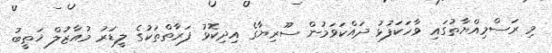
މި ރަސްމިއްޔާތުގައި ވާހަކަފުޅު ދައްކަވަމުން ސޫރިޔާގެ އިދިކޮޅު ފަރާތްތަކުގެ ލީޑަރު މުއާޒުލް ޚަޠީބު